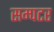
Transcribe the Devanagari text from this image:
सम्पटर